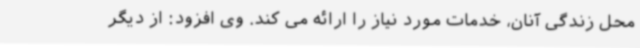
محل زندگی آنان، خدمات مورد نیاز را ارائه می کند. وی افزود: از دیگر